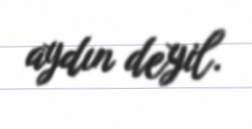
aydın deyil.